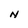
Character: N